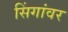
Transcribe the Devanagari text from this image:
सिंगांवर